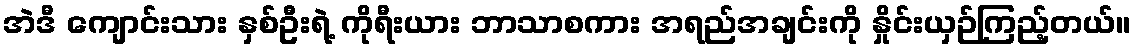
အဲဒီ ကျောင်းသား နှစ်ဦးရဲ့ ကိုရီးယား ဘာသာစကား အရည်အချင်းကို နှိုင်းယှဉ်ကြည့်တယ်။